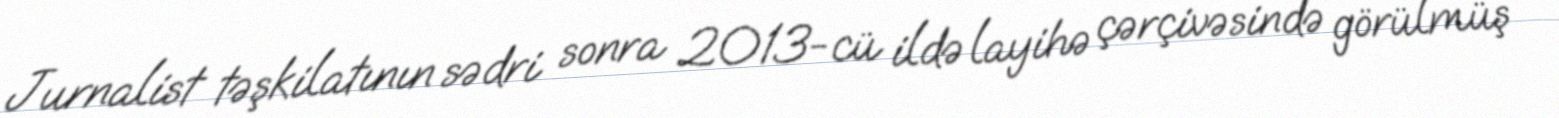
Jurnalist təşkilatının sədri sonra 2013-cü ildə layihə çərçivəsində görülmüş